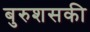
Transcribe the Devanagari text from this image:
बुरुशसकी